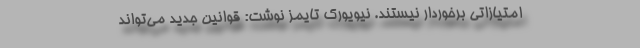
امتیازاتی برخوردار نیستند. نیویورک تایمز نوشت: قوانین جدید می‌تواند